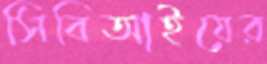
সিবিআইয়ের